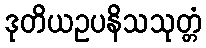
ဒုတိယဥပနိသသုတ္တံ